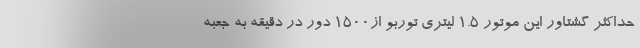
حداکثر گشتاور این موتور 1.5 لیتری توربو از1500 دور در دقیقه به جعبه